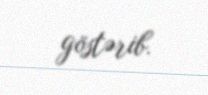
göstərib.